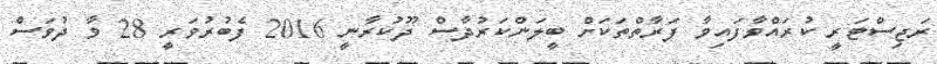
ރަޖިސްޓަރީ ކުރަައްވާފައިވާ ފަރާތްތަކަށް ބީލަންކަރުދާސް ދޫކުރާނީ 2016 ފެބުރުވަރީ 28 ވާ ދުވަސް